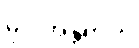
မိုင်းအန္တရာယ်